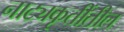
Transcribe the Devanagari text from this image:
नाट्यकृतींतील